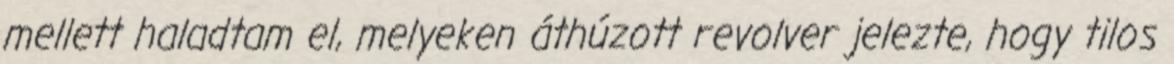
mellett haladtam el, melyeken áthúzott revolver jelezte, hogy tilos